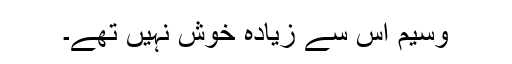
وسیم اس سے زیادہ خوش نہیں تھے۔